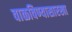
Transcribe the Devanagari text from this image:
वाळविण्यासारखा